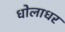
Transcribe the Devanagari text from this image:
धोलाधर